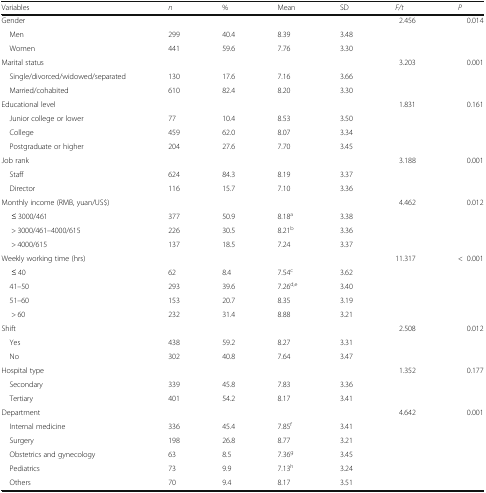
<table><thead><tr><td><b>Variables</b></td><td><b><i>n</i></b></td><td><b>%</b></td><td><b>Mean</b></td><td><b>SD</b></td><td><b><i>F/t</i></b></td><td><b><i>P</i></b></td></tr></thead><tbody><tr><td>Gender</td><td></td><td></td><td></td><td></td><td>2.456</td><td>0.014</td></tr><tr><td> Men</td><td>299</td><td>40.4</td><td>8.39</td><td>3.48</td><td></td><td></td></tr><tr><td> Women</td><td>441</td><td>59.6</td><td>7.76</td><td>3.30</td><td></td><td></td></tr><tr><td>Marital status</td><td></td><td></td><td></td><td></td><td>3.203</td><td>0.001</td></tr><tr><td> Single/divorced/widowed/separated</td><td>130</td><td>17.6</td><td>7.16</td><td>3.66</td><td></td><td></td></tr><tr><td> Married/cohabited</td><td>610</td><td>82.4</td><td>8.20</td><td>3.30</td><td></td><td></td></tr><tr><td>Educational level</td><td></td><td></td><td></td><td></td><td>1.831</td><td>0.161</td></tr><tr><td> Junior college or lower</td><td>77</td><td>10.4</td><td>8.53</td><td>3.50</td><td></td><td></td></tr><tr><td> College</td><td>459</td><td>62.0</td><td>8.07</td><td>3.34</td><td></td><td></td></tr><tr><td> Postgraduate or higher</td><td>204</td><td>27.6</td><td>7.70</td><td>3.45</td><td></td><td></td></tr><tr><td>Job rank</td><td></td><td></td><td></td><td></td><td>3.188</td><td>0.001</td></tr><tr><td> Staff</td><td>624</td><td>84.3</td><td>8.19</td><td>3.37</td><td></td><td></td></tr><tr><td> Director</td><td>116</td><td>15.7</td><td>7.10</td><td>3.36</td><td></td><td></td></tr><tr><td>Monthly income (RMB, yuan/US$)</td><td></td><td></td><td></td><td></td><td>4.462</td><td>0.012</td></tr><tr><td>≤ 3000/461</td><td>377</td><td>50.9</td><td>8.18<sup>a</sup></td><td>3.38</td><td></td><td></td></tr><tr><td>&gt; 3000/461–4000/615</td><td>226</td><td>30.5</td><td>8.21<sup>b</sup></td><td>3.36</td><td></td><td></td></tr><tr><td>&gt; 4000/615</td><td>137</td><td>18.5</td><td>7.24</td><td>3.37</td><td></td><td></td></tr><tr><td>Weekly working time (hrs)</td><td></td><td></td><td></td><td></td><td>11.317</td><td>&lt;0.001</td></tr><tr><td>≤ 40</td><td>62</td><td>8.4</td><td>7.54<sup>c</sup></td><td>3.62</td><td></td><td></td></tr><tr><td> 41–50</td><td>293</td><td>39.6</td><td>7.26<sup>d,e</sup></td><td>3.40</td><td></td><td></td></tr><tr><td> 51–60</td><td>153</td><td>20.7</td><td>8.35</td><td>3.19</td><td></td><td></td></tr><tr><td>&gt; 60</td><td>232</td><td>31.4</td><td>8.88</td><td>3.21</td><td></td><td></td></tr><tr><td>Shift</td><td></td><td></td><td></td><td></td><td>2.508</td><td>0.012</td></tr><tr><td> Yes</td><td>438</td><td>59.2</td><td>8.27</td><td>3.31</td><td></td><td></td></tr><tr><td> No</td><td>302</td><td>40.8</td><td>7.64</td><td>3.47</td><td></td><td></td></tr><tr><td>Hospital type</td><td></td><td></td><td></td><td></td><td>1.352</td><td>0.177</td></tr><tr><td> Secondary</td><td>339</td><td>45.8</td><td>7.83</td><td>3.36</td><td></td><td></td></tr><tr><td> Tertiary</td><td>401</td><td>54.2</td><td>8.17</td><td>3.41</td><td></td><td></td></tr><tr><td>Department</td><td></td><td></td><td></td><td></td><td>4.642</td><td>0.001</td></tr><tr><td> Internal medicine</td><td>336</td><td>45.4</td><td>7.85<sup>f</sup></td><td>3.41</td><td></td><td></td></tr><tr><td> Surgery</td><td>198</td><td>26.8</td><td>8.77</td><td>3.21</td><td></td><td></td></tr><tr><td> Obstetrics and gynecology</td><td>63</td><td>8.5</td><td>7.36<sup>g</sup></td><td>3.45</td><td></td><td></td></tr><tr><td> Pediatrics</td><td>73</td><td>9.9</td><td>7.13<sup>h</sup></td><td>3.24</td><td></td><td></td></tr><tr><td> Others</td><td>70</td><td>9.4</td><td>8.17</td><td>3.51</td><td></td><td></td></tr></tbody></table>